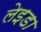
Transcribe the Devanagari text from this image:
लेइडा